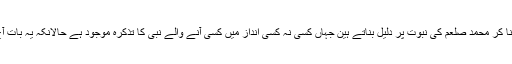
آج مسلمانوں کے بڑے بڑے علماء توریت و انجیل کے ایسے مقامات کو من چاہے مطلب پہنا کر محمد صلعم کی نبوت پر دلیل بناتے ہین جہاں کسی نہ کسی انداز میں کسی آنے والے نبی کا تذکرہ موجود ہے حالانکہ یہ بات آج معنی ہی نہیں رکھتی کیونکہ خود محمد صلعم نے خود کوئی ایسی بات ثابت نہ کر سکے ۔